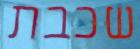
שכבת